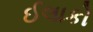
ઈલાકો